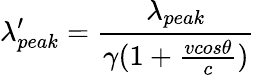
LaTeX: \lambda_{peak}^{\prime}=\frac{\lambda_{peak}}{\gamma(1+\frac{vcos\theta}{c})}